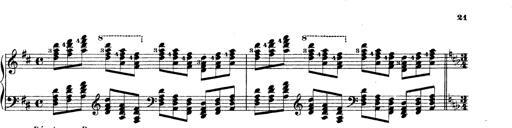
Title: Technische Studien
Composer: Franz Liszt